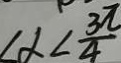
\angle \alpha < \frac { 3 \pi } { 4 }